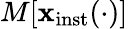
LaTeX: M\lbrack\mathbf{x}_{\mathrm{{inst}}}(\cdot)\rbrack